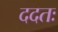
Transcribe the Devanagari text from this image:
ददतः